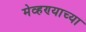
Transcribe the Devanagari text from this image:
मेव्हण्याच्या